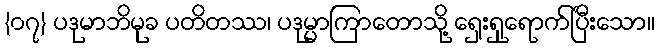
{၀၇} ပဒုမာဘိမုခ ပတိတဿ၊ ပဒုမ္မာကြာတောသို့ ရှေးရှုရောက်ပြီးသော။